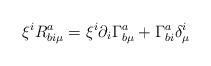
LaTeX: \begin{align*}\xi^i R^a_{b i\mu}=\xi^i\partial_i\Gamma^a_{b\mu}+\Gamma^a_{bi}\delta^i_\mu\end{align*}